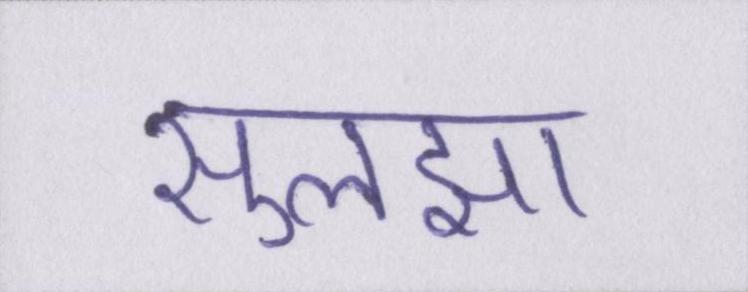
सुलझा